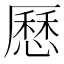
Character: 𠪾